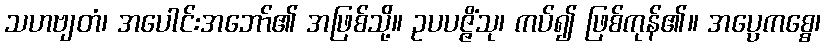
သဟဗျတံ၊ အပေါင်းအဘော်၏ အဖြစ်သို့။ ဥပပဇ္ဇိံသု၊ ကပ်၍ ဖြစ်ကုန်၏။ အပ္ပေကစ္စေ၊